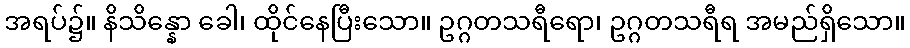
အရပ်၌။ နိသိန္နော ခေါ၊ ထိုင်နေပြီးသော။ ဥဂ္ဂတသရီရော၊ ဥဂ္ဂတသရီရ အမည်ရှိသော။